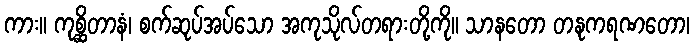
ကား။ ကုစ္ဆိတာနံ၊ စက်ဆုပ်အပ်သော အကုသိုလ်တရားတို့ကို။ သာနတော တနုကရဏတော၊